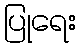
ပြုရေး